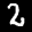
Label: 2